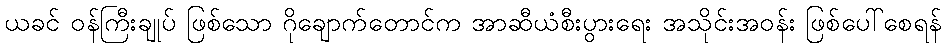
ယခင် ဝန်ကြီးချုပ် ဖြစ်သော ဂိုချောက်တောင်က အာဆီယံစီးပွားရေး အသိုင်းအဝန်း ဖြစ်ပေါ်စေရန်